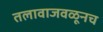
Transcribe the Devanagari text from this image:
तलावाजवळूनच